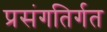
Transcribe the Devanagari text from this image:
प्रसंगतिर्गत